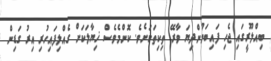
ބިއްލޫރީގައި ޖެހި ފައިބަމުންދިޔަ ވާރޭ ތިކިތަކަށެވެ. ކޮންމެވެސް ޚިޔާލަކަށް ގެއްލިފައިހުރި އިރު ގަޑިން